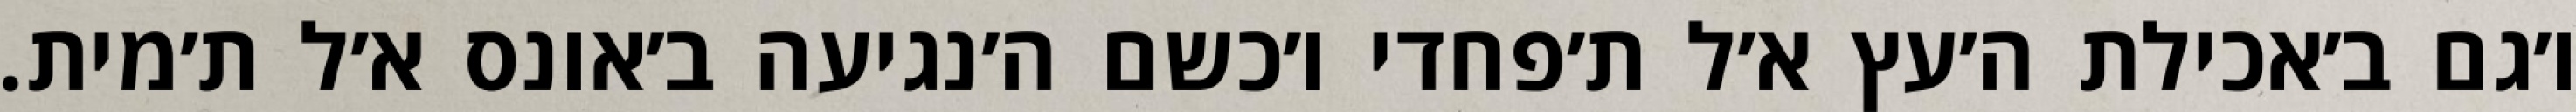
ו׳גם ב׳אכילת ה׳עץ א׳ל ת׳פחדי ו׳כשם ה׳נגיעה ב׳אונס א׳ל ת׳מית.